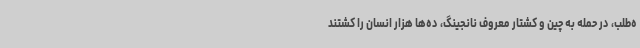
ه‌طلب، در حمله به چین و کشتار معروف نانجینگ، ده‌ها هزار انسان را کشتند